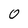
Character: 0